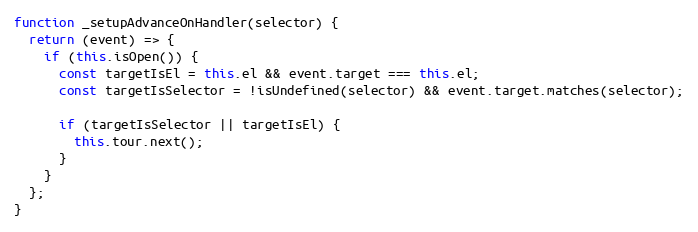
Language: JavaScript
function _setupAdvanceOnHandler(selector) {
  return (event) => {
    if (this.isOpen()) {
      const targetIsEl = this.el && event.target === this.el;
      const targetIsSelector = !isUndefined(selector) && event.target.matches(selector);

      if (targetIsSelector || targetIsEl) {
        this.tour.next();
      }
    }
  };
}